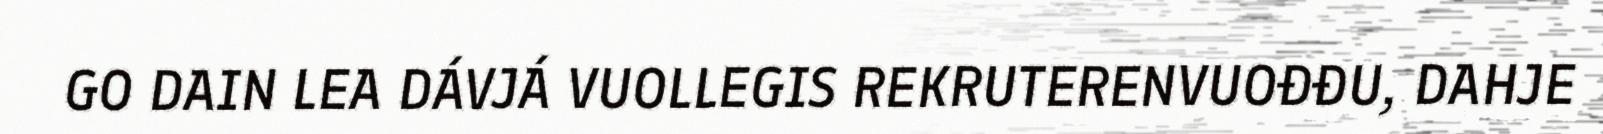
GO DAIN LEA DÁVJÁ VUOLLEGIS REKRUTERENVUOĐĐU, DAHJE